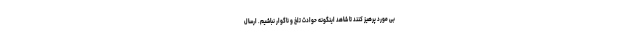
بی مورد پرهیز کنند تا شاهد اینگونه حوادث تلخ و ناگوار نباشیم. ارسال